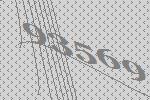
93569